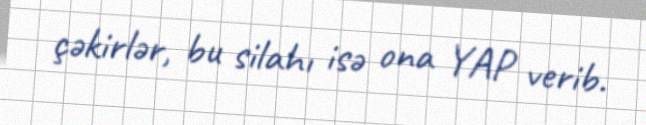
çəkirlər, bu silahı isə ona YAP verib.